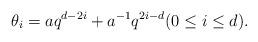
LaTeX: \begin{align*} \theta_i = a q^{d-2i} + a^{-1} q^{2i-d} (0 \leq i \leq d). \end{align*}